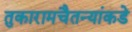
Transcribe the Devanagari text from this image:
तुकारामचैतन्यांकडे